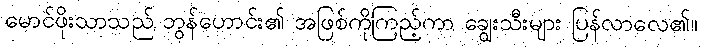
မောင်ဖိုးသာသည် ဘွန်ဟောင်း၏ အဖြစ်ကိုကြည့်ကာ ချွေးသီးများ ပြန်လာလေ၏။